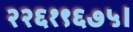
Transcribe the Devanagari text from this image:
२२६१९६७५।